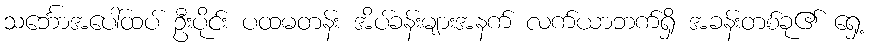
သင်္ဘောအပေါ်ထပ် ဦးပိုင်း ပထမတန်း အိပ်ခန်းများအနက် လက်ယာဘက်ရှိ အခန်းတစ်ခု၏ ရှေ့